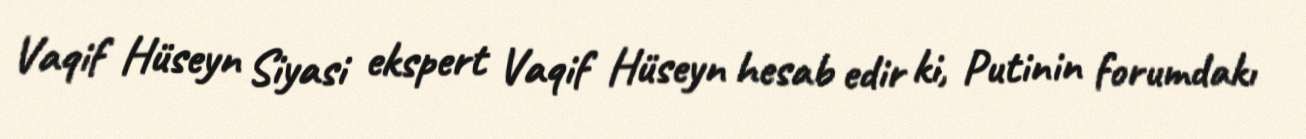
Vaqif Hüseyn Siyasi ekspert Vaqif Hüseyn hesab edir ki, Putinin forumdakı